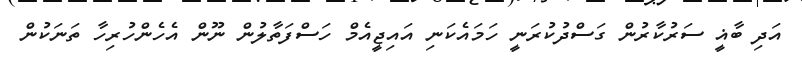
އަދި ބާޣީ ސަރުކާރުން ގަސްދުކުރަނީ ހަމައެކަނި އައިޖީއެމް ހަސްފަތާލުން ނޫން އެހެންހުރިހާ ތަނަކުން